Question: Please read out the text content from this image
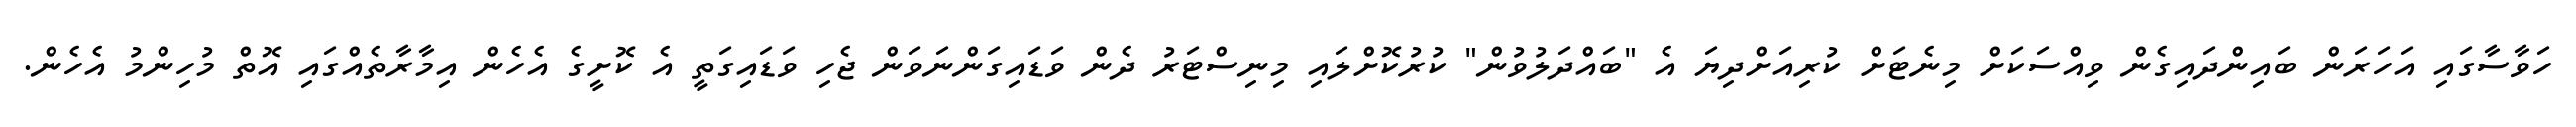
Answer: ހަވާސާގައި އަހަރަން ބައިންދައިގެން ވިއްސަކަށް މިނެޓަށް ކުރިއަށްދިޔަ އެ "ބައްދަލުވުން" ކުރުކޮށްލައި މިނިސްޓަރު ދެން ވަޑައިގަންނަވަން ޖެހި ވަޑައިގަތީ އެ ކޮށީގެ އެހެން އިމާރާތެއްގައި އޮތް މުހިންމު އެހެން.